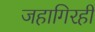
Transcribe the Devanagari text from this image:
जहागिरही